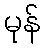
မုန်